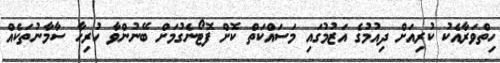
ހިތްވަރާއެކު ކުރިއަށް ދިއުމުގެ އަޒުމުގައި މަސައްކަތް ކޮށް ފޮޓޯނެގުމަށް ބޭނުންވާ ހުރިހާ ސާމާނުތަކެއް